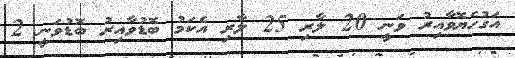
އަގުހެޔޮވާއިރު ވަނީ 20 ލާރި 25 ލާރި އެކަމު ބޮޑުވާއިރު ބޮޑުވަނީ 2